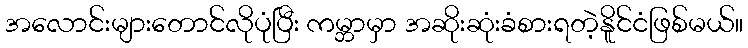
အလောင်းများတောင်လိုပုံပြီး ကမ္ဘာမှာ အဆိုးဆုံးခံစားရတဲ့နိူင်ငံဖြစ်မယ်။